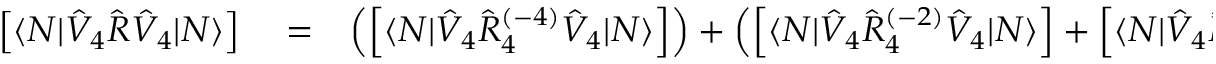
\begin{array} { r l r } { \left[ \langle N | \hat { V } _ { 4 } \hat { R } \hat { V } _ { 4 } | N \rangle \right] } & { { } = } & { \left( \left[ \langle N | \hat { V } _ { 4 } \hat { R } _ { 4 } ^ { ( - 4 ) } \hat { V } _ { 4 } | N \rangle \right] \right) + \left( \left[ \langle N | \hat { V } _ { 4 } \hat { R } _ { 4 } ^ { ( - 2 ) } \hat { V } _ { 4 } | N \rangle \right] + \left[ \langle N | \hat { V } _ { 4 } \hat { R } _ { 2 } ^ { ( - 2 ) } \hat { V } _ { 4 } | N \rangle \right] \right) + \left( \left[ \langle N | \hat { V } _ { 4 } \hat { R } _ { 4 } ^ { ( \pm 0 ) } \hat { V } _ { 4 } | N \rangle \right] + \left[ \langle N | \hat { V } _ { 4 } \hat { R } _ { 2 } ^ { ( \pm 0 ) } \hat { V } _ { 4 } | N \rangle \right] \right) } \end{array}